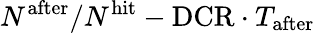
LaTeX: N^{\mathrm{after}}/N^{\mathrm{hit}}-\mathrm{DCR}\cdot T_{\mathrm{after}}